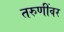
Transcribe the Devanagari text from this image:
तरुणींवर